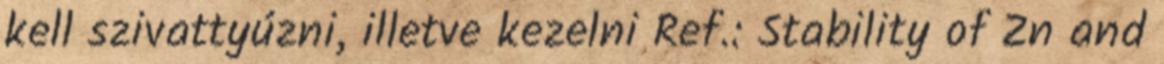
kell szivattyúzni, illetve kezelni Ref.: Stability of Zn and